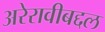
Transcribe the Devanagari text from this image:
अरेरावीबद्दल